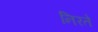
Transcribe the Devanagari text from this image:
निरते